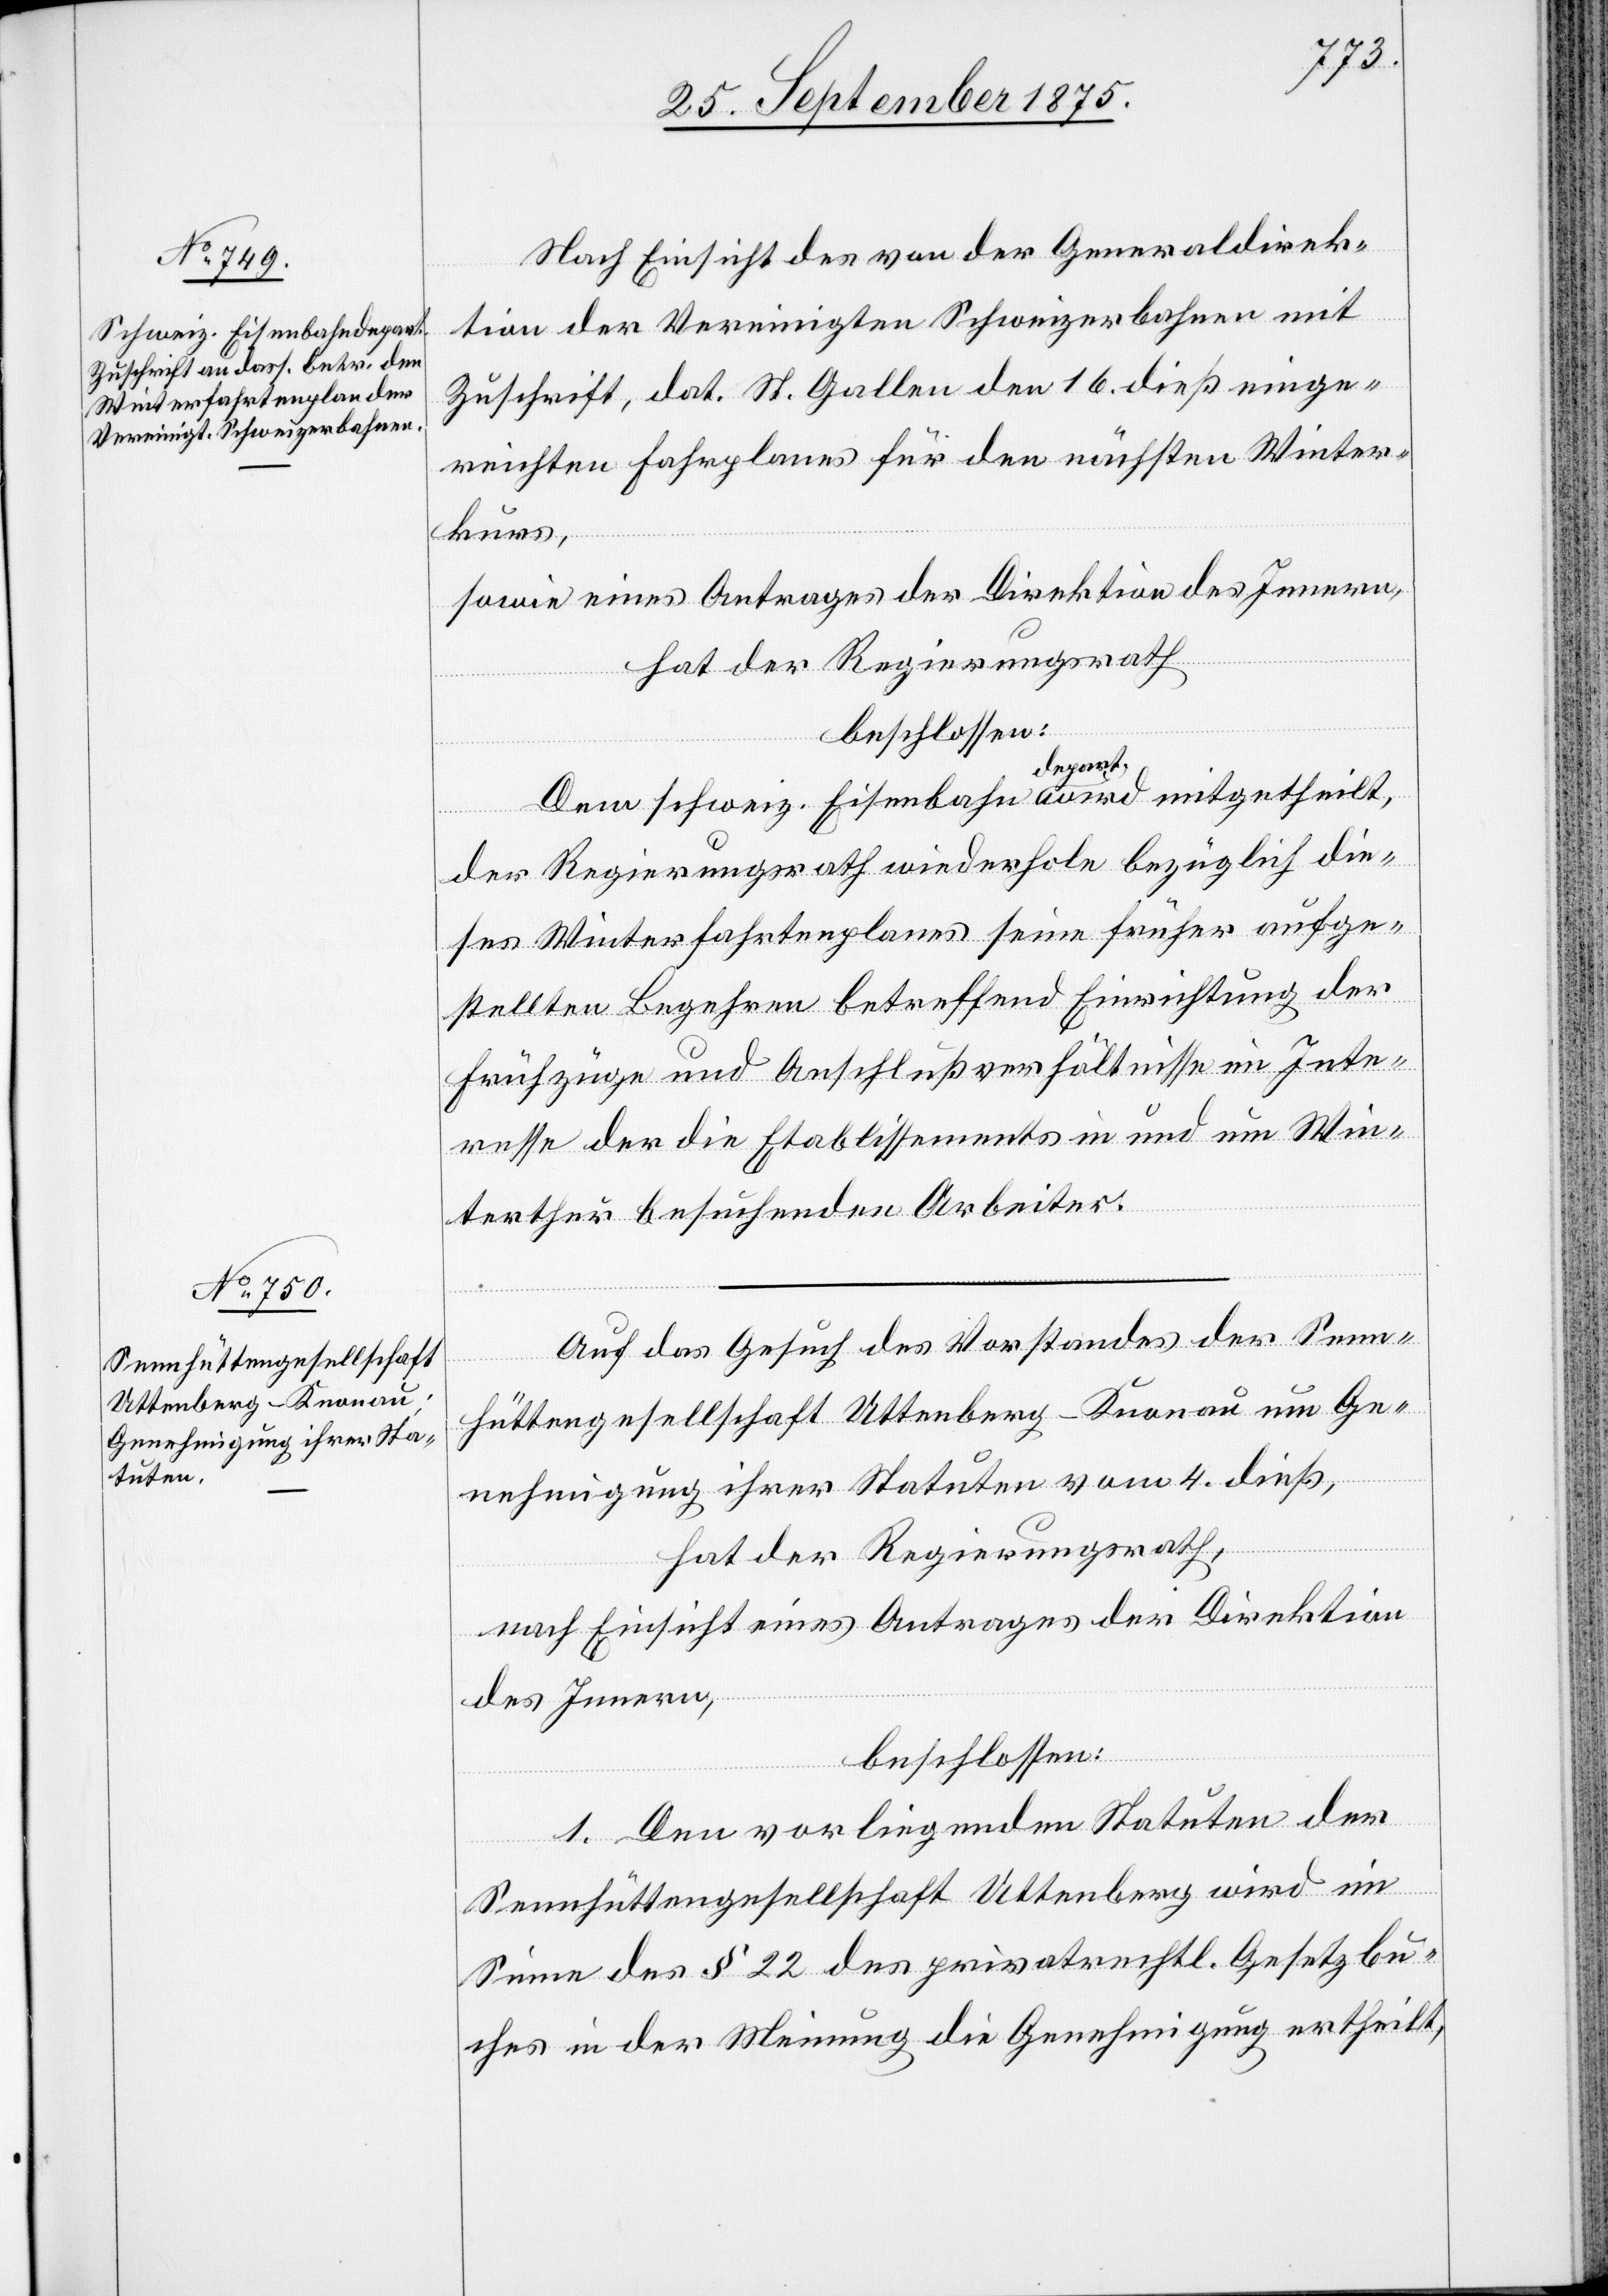
Nach Einsicht des von der Generaldirek¬
tion der Vereinigten Schweizerbahnen mit
Zuschrift, dat. St. Gallen den 16. dieß einge¬
reichten Fahrplanes für den nächsten Winter¬
kurs,
sowie eines Antrages der Direktion des Innern,
hat der Regierungsrath,
beschlossen:
Dem schweiz. Eisenbahndepart. wird mitgetheilt,
der Regierungsrath wiederhole bezüglich die¬
ses Winterfahrtenplanes seine früher aufge¬
stellten Begehren betreffend Einrichtung der
Frühzüge und Anschlußverhältnisse im Inte¬
resse der die Etablissements in und um Win¬
terthur besuchenden Arbeiter.
Auf das Gesuch des Vorstandes der Senn¬
hüttengesellschaft Uttenberg - Knonau um Ge¬
nehmigung ihrer Statuten vom 4. dieß,
hat der Regierungsrath,
nach Einsicht eines Antrages der Direktion
des Innern,
beschlossen:
1. Den vorliegenden Statuten der
Sennhüttengesellschaft Uttenberg wird im
Sinne des § 22 des privatrechtl. Gesetzbu¬
ches in der Meinung die Genehmigung ertheilt,